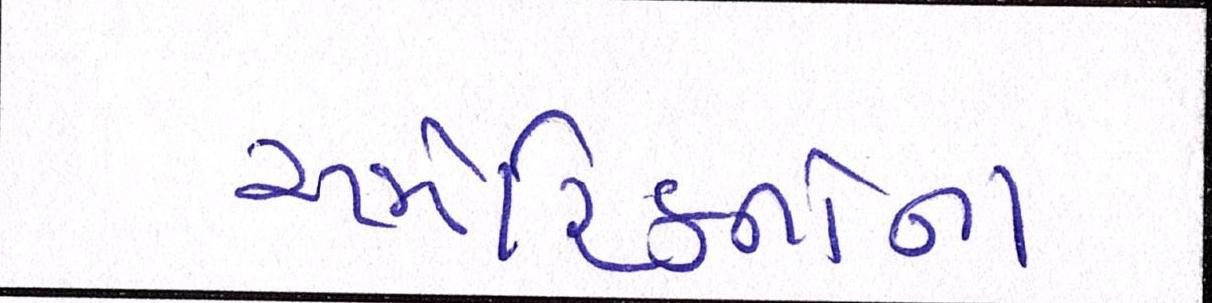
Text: અમેરિકનોના